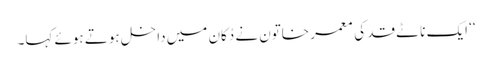
‘‘ ایک ناٹے قد کی معمر خاتون نے دُکان میں داخل ہوتے ہوئے کہا۔